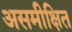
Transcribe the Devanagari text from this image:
असमीक्षित